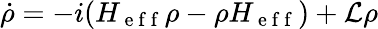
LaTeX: \dot{\rho}=-i(H_{\mathrm{~e~f~f~}}\rho-\rho H_{\mathrm{~e~f~f~}})+\mathcal{L}\rho